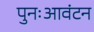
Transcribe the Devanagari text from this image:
पुनःआवंटन